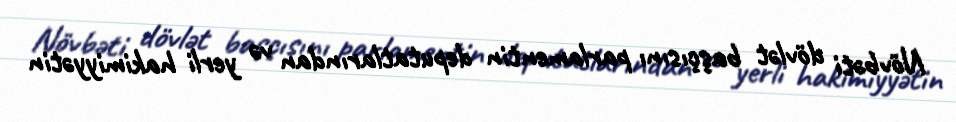
Növbəti dövlət başçısını parlamentin deputatlarından və yerli hakimiyyətin